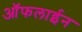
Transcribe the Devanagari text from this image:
आॅफलाईन